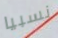
نسبيا